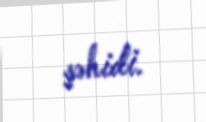
şəhidi.